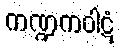
ကဏ္ဍကဝါဋံ